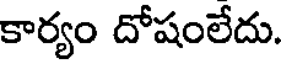
కార్యం దోషంలేదు.